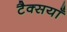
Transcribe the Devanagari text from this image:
टैक्सयाँ